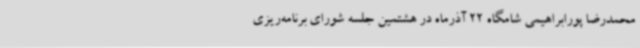
محمدرضا پورابراهیمی شامگاه 22 آذرماه در هشتمین جلسه شورای برنامه‌ریزی